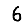
Digit: 6